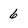
Character: 6